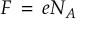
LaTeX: F \, = \, e N _ { A }